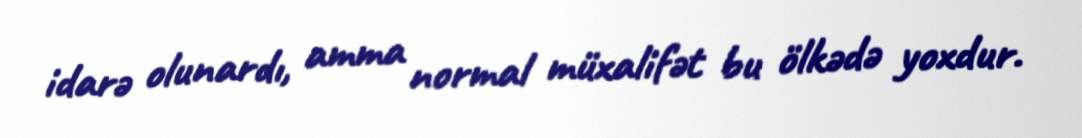
idarə olunardı, amma normal müxalifət bu ölkədə yoxdur.